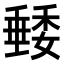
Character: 𥡭